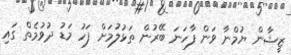
ޒީޝާން ޔުމްނާ ވަން ފާހަނަ ބޭރުން ތަޅުލުމަށް ފަހު މަޑު ދުވުމެތް ގައި